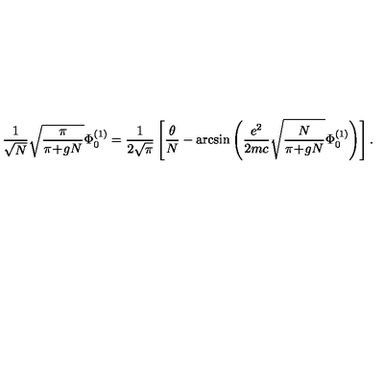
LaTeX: \frac { 1 } { \sqrt { N } } \sqrt { \frac { \pi } { \pi \! + \! g N } } \Phi _ { 0 } ^ { ( 1 ) } = \frac { 1 } { 2 \sqrt { \pi } } \left[ \frac { \theta } { N } - \arcsin \left( \frac { e ^ { 2 } } { 2 m c } \sqrt { \frac { N } { \pi \! + \! g N } } \Phi _ { 0 } ^ { ( 1 ) } \right) \right] .